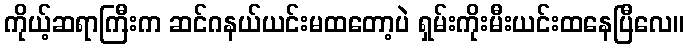
ကိုယ့်ဆရာကြီးက ဆင်ဂနယ်ယင်းမထတော့ပဲ ရှမ်းကိုးမီးယင်းထနေပြီလေ။